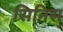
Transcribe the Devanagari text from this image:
सिनिस